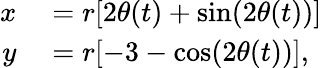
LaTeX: \begin{array}{rl}{x}&{{}=r[2\theta(t)+\sin(2\theta(t))]}\\ {y}&{{}=r[-3-\cos(2\theta(t))],}\end{array}